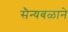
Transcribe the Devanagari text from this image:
सैन्यबळाने